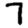
Digit: 7